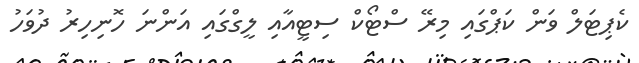
ކެޕިޓަލް ވަން ކަޕްގައި މިރޭ ސްޓޯކް ސިޓީއާއި ލީގްގައި އަންނަ ހޮނިހިރު ދުވަހު